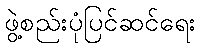
ဖွဲ့စည်းပုံပြင်ဆင်ရေး